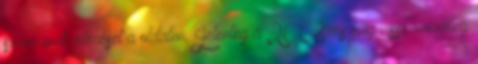
számainak elérését a oldalon. Jelenleg a 2008-as évig visszamenõleg